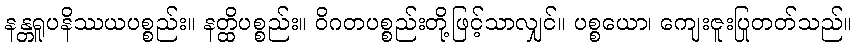
နန္တရူပနိဿယပစ္စည်း။ နတ္ထိပစ္စည်း။ ဝိဂတပစ္စည်းတို့ဖြင့်သာလျှင်။ ပစ္စယော၊ ကျေးဇူးပြုတတ်သည်။